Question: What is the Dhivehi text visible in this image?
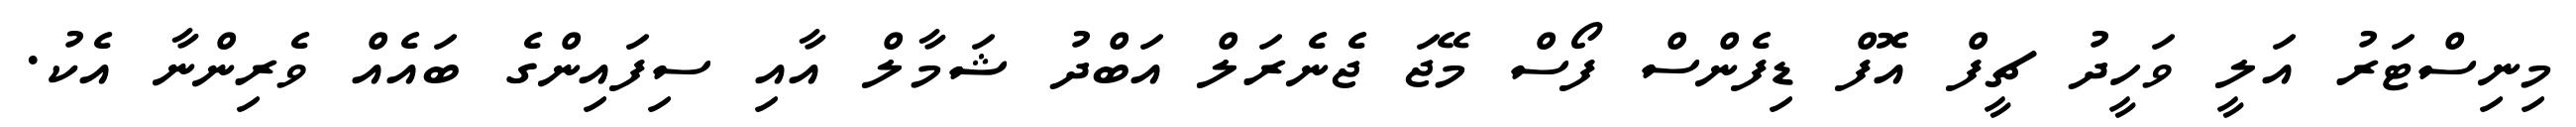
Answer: މިނިސްޓަރު އަލީ ވަހީދު ޗީފް އޮފް ޑިފެންސް ފޯސް މޭޖަ ޖެނެރަލް އަބްދު ޝަމާލް އާއި ސިފައިންގެ ބައެއް ވެރިންނާ އެކު.